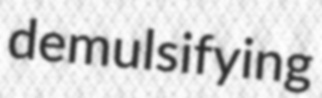
demulsifying